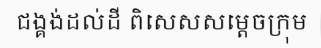
ជង្គង់ដល់ដី ពិសេសសម្តេចក្រុម